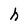
Character: h